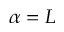
\alpha = L